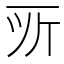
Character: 𫝂